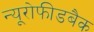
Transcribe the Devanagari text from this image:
न्यूरोफीडबैक